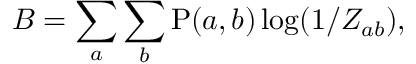
{ \cal B } = \sum _ { a } \sum _ { b } \mathrm { P } ( a , b ) \log ( 1 / Z _ { a b } ) ,